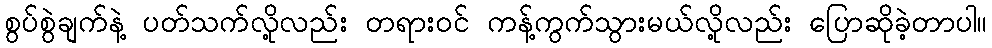
စွပ်စွဲချက်နဲ့ ပတ်သက်လို့လည်း တရားဝင် ကန့်ကွက်သွားမယ်လို့လည်း ပြောဆိုခဲ့တာပါ။